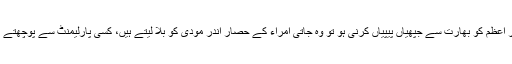
اسی وزیر اعظم کو بھارت سے جپھیاں پیپیاں کرنی ہو تو وہ جاتی امراء کے حصار اندر مودی کو بلا لیتے ہیں، کسی پارلیمنٹ سے پوچھتے تک نہیں۔